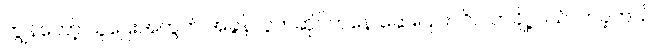
ကျွန်တော့် သူဌေးအတွက် အခွန်လွတ်ဆိုင်ကနေ ဆေးပြင်းလိပ် တချို့ ဝယ်လာခဲ့တယ်။